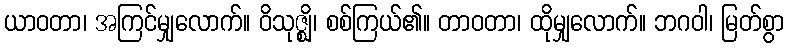
ယာဝတာ၊ အကြင်မျှလောက်။ ဝိသုဇ္ဈိ၊ စစ်ကြယ်၏။ တာဝတာ၊ ထိုမျှလောက်။ ဘဂဝါ၊ မြတ်စွာ